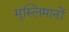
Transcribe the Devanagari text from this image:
मुस्लिमानों